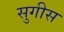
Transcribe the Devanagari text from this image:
सुगीस